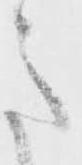
意